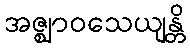
အဇ္ဈာဝသေယျန္တိ